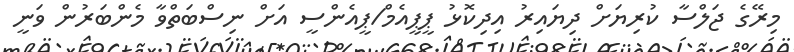
މިރޭގެ ޖަލްސާ ކުރިޔަށް ދިޔައިރު އިދިކޮޅު ޕީޕީއެމް/ޕީއެންސީ އަށް ނިސްބަތްވާ މެންބަރުން ވަނީ